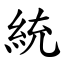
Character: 統